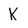
Character: K